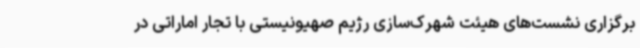
برگزاری نشست‌های هیئت شهرک‌سازی رژیم صهیونیستی با تجار اماراتی در